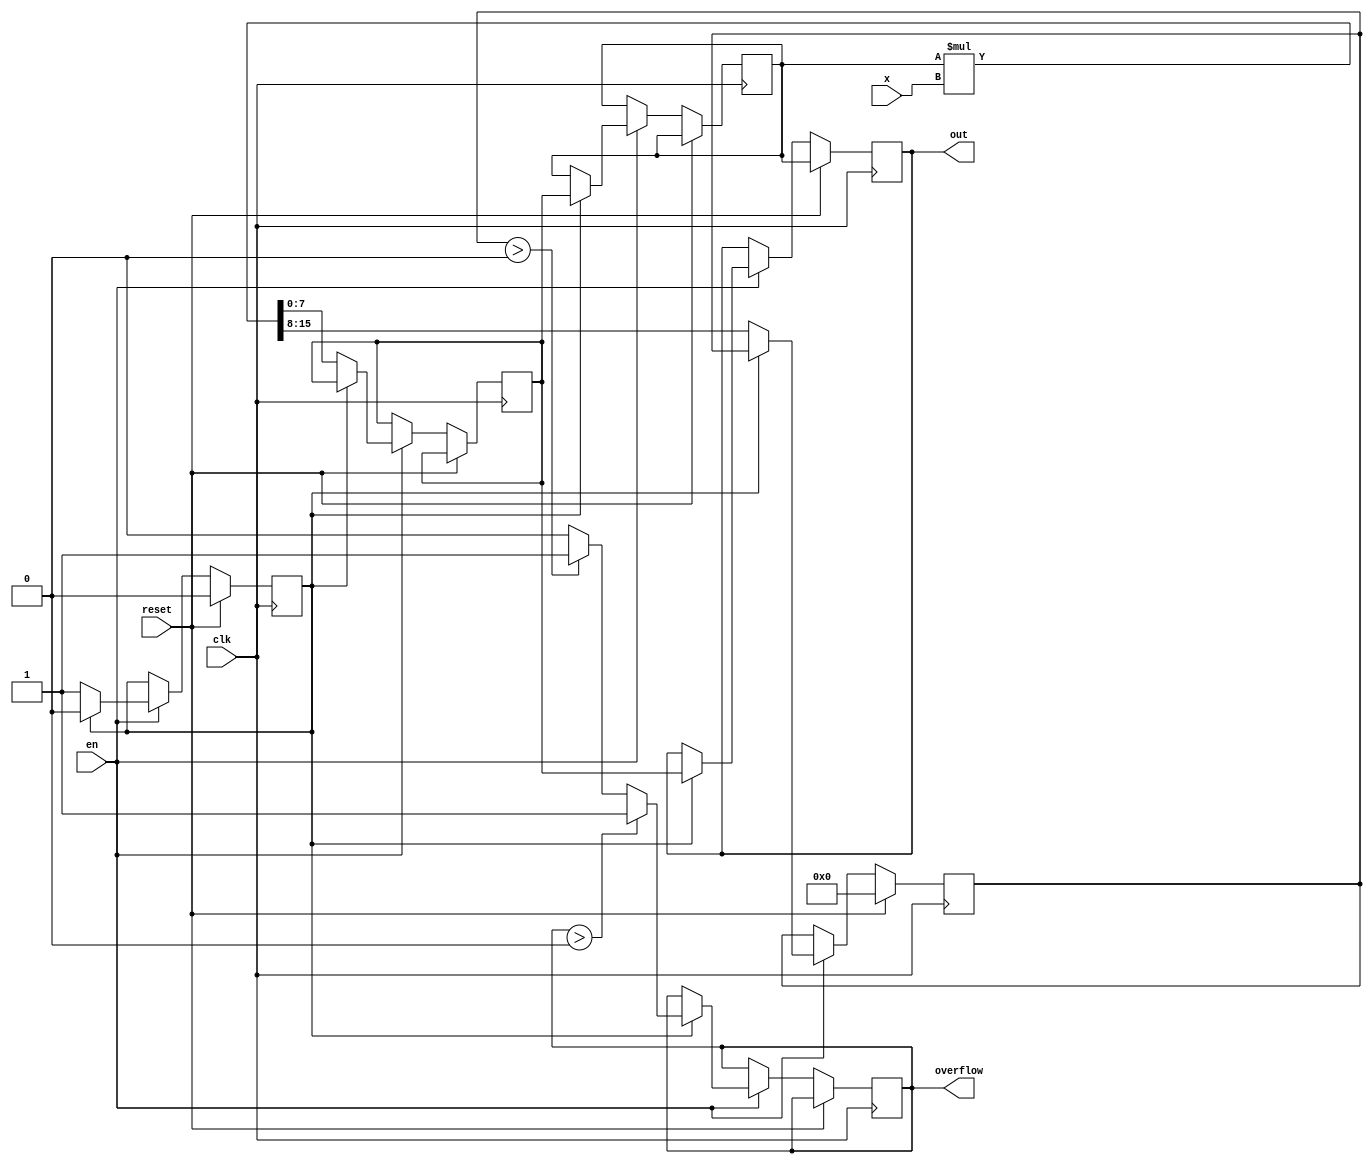
module mulacc #(
    parameter WIDTH = 8
) (
    input clk,
    input reset,
    input en,
    input [WIDTH-1:0] x,
    output reg [WIDTH-1:0] out,
    output overflow
);

reg [WIDTH-1:0] acc;
reg [WIDTH-1:0] extra;
reg [WIDTH-1:0] tmp_acc;
reg state;
reg ovf;

always @(posedge clk) begin

    if (reset) begin
        extra <= 0;
        state<=0;
        out <= acc;
    end
    else if (en) begin
        if (state ==0) begin
            {extra, tmp_acc} <= acc*x;
            state <=1;
        end else begin
            ovf <= (ovf > 0) ? 1: ((extra >0) ? 1 : 0);
            acc <= tmp_acc;
            state<=0;
            out <=tmp_acc;
        end
    end
    
end
assign overflow = ovf;


endmodule